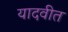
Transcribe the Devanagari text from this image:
यादवीत